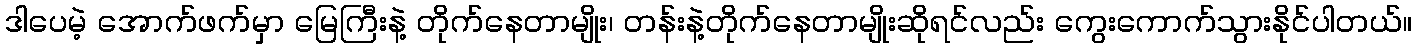
ဒါပေမဲ့ အောက်ဖက်မှာ မြေကြီးနဲ့ တိုက်နေတာမျိုး၊ တန်းနဲ့တိုက်နေတာမျိုးဆိုရင်လည်း ကွေးကောက်သွားနိုင်ပါတယ်။